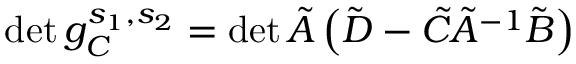
\operatorname* { d e t } g _ { C } ^ { s _ { 1 } , s _ { 2 } } = \operatorname* { d e t } \tilde { A } \left( \tilde { D } - \tilde { C } \tilde { A } ^ { - 1 } \tilde { B } \right)